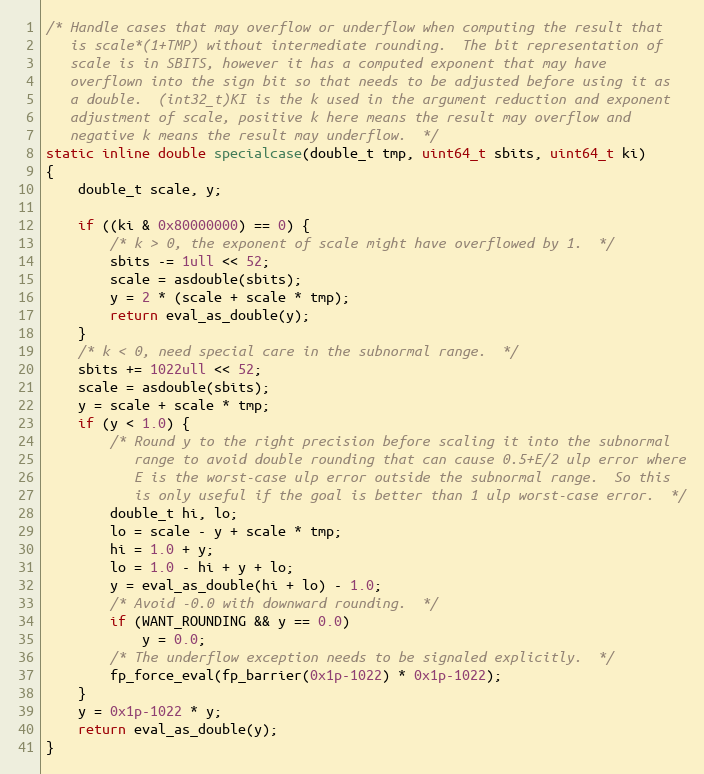
Language: C
/* Handle cases that may overflow or underflow when computing the result that
   is scale*(1+TMP) without intermediate rounding.  The bit representation of
   scale is in SBITS, however it has a computed exponent that may have
   overflown into the sign bit so that needs to be adjusted before using it as
   a double.  (int32_t)KI is the k used in the argument reduction and exponent
   adjustment of scale, positive k here means the result may overflow and
   negative k means the result may underflow.  */
static inline double specialcase(double_t tmp, uint64_t sbits, uint64_t ki)
{
	double_t scale, y;

	if ((ki & 0x80000000) == 0) {
		/* k > 0, the exponent of scale might have overflowed by 1.  */
		sbits -= 1ull << 52;
		scale = asdouble(sbits);
		y = 2 * (scale + scale * tmp);
		return eval_as_double(y);
	}
	/* k < 0, need special care in the subnormal range.  */
	sbits += 1022ull << 52;
	scale = asdouble(sbits);
	y = scale + scale * tmp;
	if (y < 1.0) {
		/* Round y to the right precision before scaling it into the subnormal
		   range to avoid double rounding that can cause 0.5+E/2 ulp error where
		   E is the worst-case ulp error outside the subnormal range.  So this
		   is only useful if the goal is better than 1 ulp worst-case error.  */
		double_t hi, lo;
		lo = scale - y + scale * tmp;
		hi = 1.0 + y;
		lo = 1.0 - hi + y + lo;
		y = eval_as_double(hi + lo) - 1.0;
		/* Avoid -0.0 with downward rounding.  */
		if (WANT_ROUNDING && y == 0.0)
			y = 0.0;
		/* The underflow exception needs to be signaled explicitly.  */
		fp_force_eval(fp_barrier(0x1p-1022) * 0x1p-1022);
	}
	y = 0x1p-1022 * y;
	return eval_as_double(y);
}